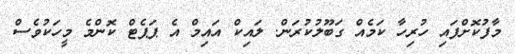
މާފުކޮށްފައި ހުރިހާ ކަމެއް ގަބޫލުކުރަން. ލައިކް އައިމް އެ ޕަޕެޓް ކޮންމެ މީހަކުވެސް